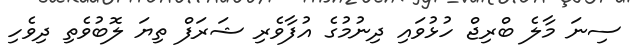
ސިނަ މާލެ ބްރިޖް ހުޅުވައި ދިނުމުގެ އުފާވެރި ޝަރަފް ތިޔަ ލޮބުވެތި ދިވެހި